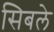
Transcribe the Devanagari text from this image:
सिबले